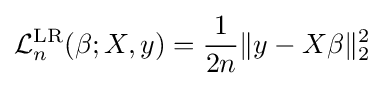
{\mathcal {L}}_{n}^{\text{LR}}(\beta ;X,y)={\frac {1}{2n}}\|y-X\beta \|_{2}^{2}